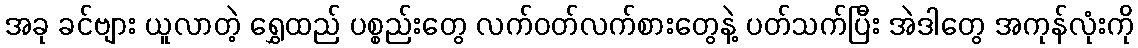
အခု ခင်ဗျား ယူလာတဲ့ ရွှေထည် ပစ္စည်းတွေ လက်ဝတ်လက်စားတွေနဲ့ ပတ်သက်ပြီး အဲဒါတွေ အကုန်လုံးကို